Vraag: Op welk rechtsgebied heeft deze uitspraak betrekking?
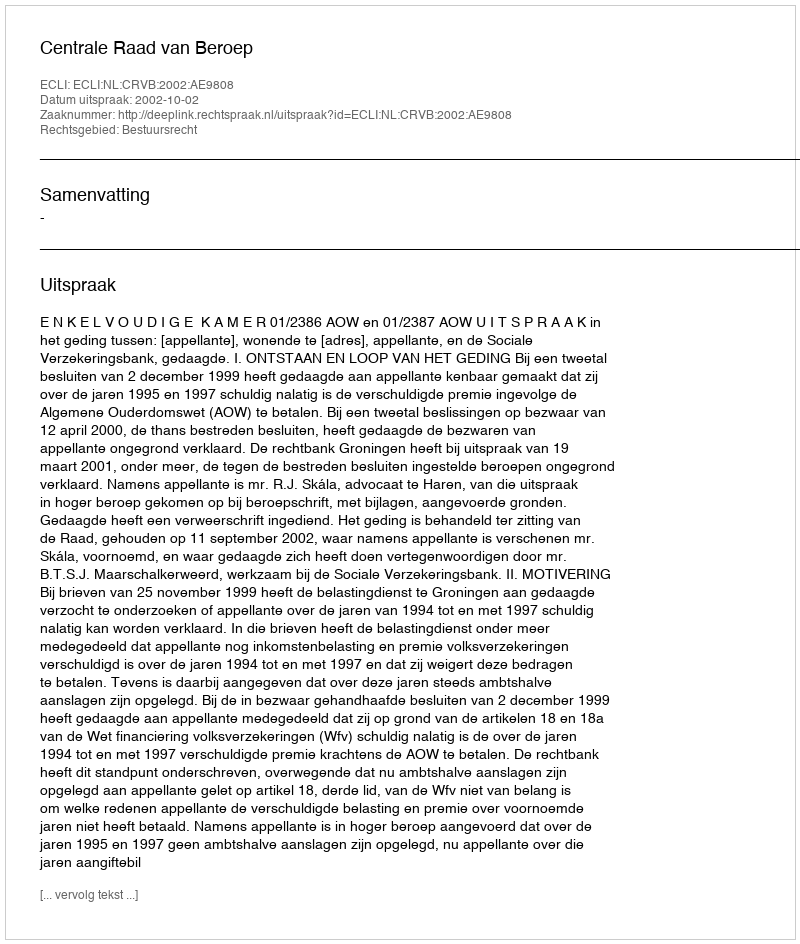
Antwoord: Bestuursrecht